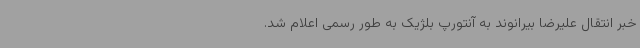
خبر انتقال علیرضا بیرانوند به آنتورپ بلژیک به‌ طور رسمی اعلام شد.